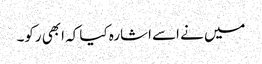
میں نے اسے اشارہ کیا کہ ابھی رکو۔